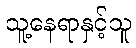
သူ့နေရာနှင့်သူ